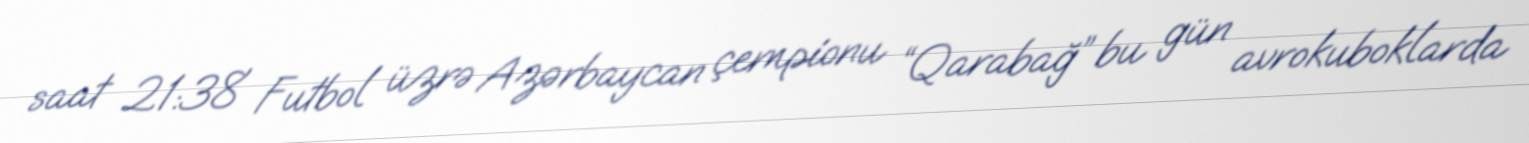
saat 21:38 Futbol üzrə Azərbaycan çempionu “Qarabağ” bu gün avrokuboklarda